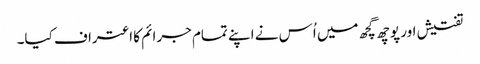
تفتیش اور پوچھ گچھ میں اُس نے اپنے تمام جرائم کا اعتراف کیا۔